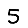
Digit: 5